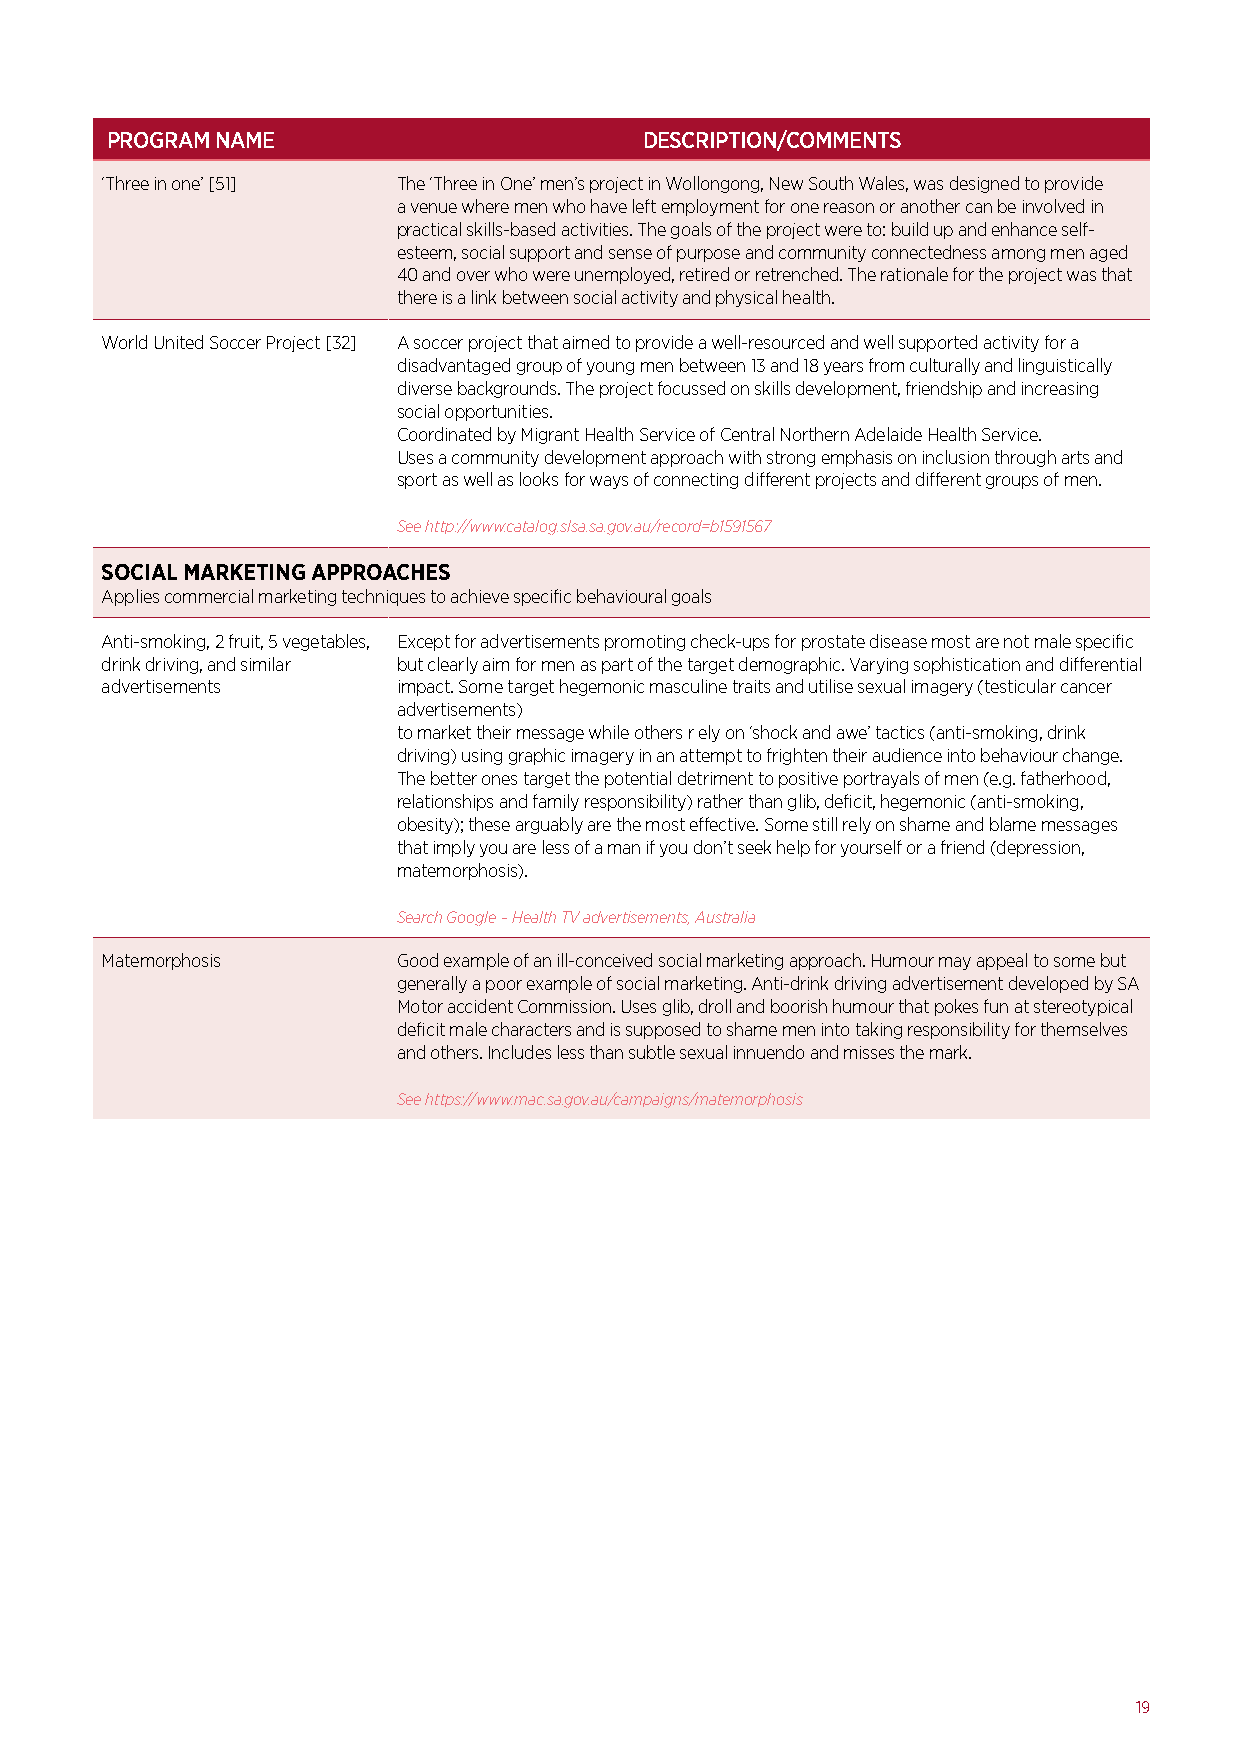
PROGRAM NAME                        DESCRIPTION/COMMENTS
 ‘Three in one’ [51] The ‘Three in One’ men’s project in Wollongong, New South Wales, was designed to provide
 a venue where men who have left employment for one reason or another can be involved in
 practical skills-based activities. The goals of the project were to: build up and enhance self-
 esteem, social support and sense of purpose and community connectedness among men aged
 40 and over who were unemployed, retired or retrenched. The rationale for the project was that
 there is a link between social activity and physical health.
 World United Soccer Project [32] A soccer project that aimed to provide a well-resourced and well supported activity for a
 disadvantaged group of young men between 13 and 18 years from culturally and linguistically
 diverse backgrounds. The project focussed on skills development, friendship and increasing
 social opportunities.
 Coordinated by Migrant Health Service of Central Northern Adelaide Health Service.
 Uses a community development approach with strong emphasis on inclusion through arts and
 sport as well as looks for ways of connecting different projects and different groups of men.
 See http://www.catalog.slsa.sa.gov.au/record=b1591567
 SOCIAL MARKETING APPROACHES
 Applies commercial marketing techniques to achieve specific behavioural goals
 Anti-smoking, 2 fruit, 5 vegetables, Except for advertisements promoting check-ups for prostate disease most are not male specific
 drink driving, and similar but clearly aim for men as part of the target demographic. Varying sophistication and differential
 advertisements     impact. Some target hegemonic masculine traits and utilise sexual imagery (testicular cancer
 advertisements)
 to market their message while others r ely on ‘shock and awe’ tactics (anti-smoking, drink
 driving) using graphic imagery in an attempt to frighten their audience into behaviour change.
 The better ones target the potential detriment to positive portrayals of men (e.g. fatherhood,
 relationships and family responsibility) rather than glib, deficit, hegemonic (anti-smoking,
 obesity); these arguably are the most effective. Some still rely on shame and blame messages
 that imply you are less of a man if you don’t seek help for yourself or a friend (depression,
 matemorphosis).
 Search Google – Health TV advertisements, Australia
 Matemorphosis      Good example of an ill-conceived social marketing approach. Humour may appeal to some but
 generally a poor example of social marketing. Anti-drink driving advertisement developed by SA
 Motor accident Commission. Uses glib, droll and boorish humour that pokes fun at stereotypical
 deficit male characters and is supposed to shame men into taking responsibility for themselves
 and others. Includes less than subtle sexual innuendo and misses the mark.
 See https://www.mac.sa.gov.au/campaigns/matemorphosis
 19